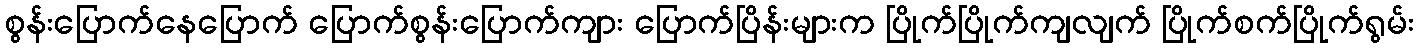
စွန်းပြောက်နေပြောက် ပြောက်စွန်းပြောက်ကျား ပြောက်ပြိန်းများက ပြိုက်ပြိုက်ကျလျက် ပြိုက်စက်ပြိုက်ရွမ်း